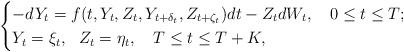
LaTeX: \begin{align*} \begin{cases} -dY_{t}=f(t,Y_{t},Z_{t},Y_{t+\delta_{t}},Z_{t+\zeta_{t}}) dt - Z_{t} dW_{t}, \ \ \ 0\leq t\leq T; \\ Y_{t}=\xi_{t}, \ \ Z_{t}=\eta_{t}, \ \ \ T\leq t\leq T+K, \end{cases}\end{align*}